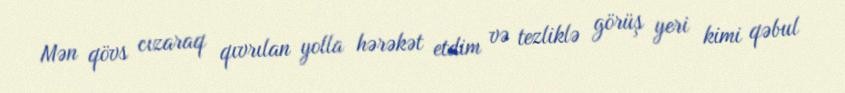
Mən qövs cızaraq qıvrılan yolla hərəkət etdim və tezliklə görüş yeri kimi qəbul